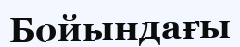
Бойындағы